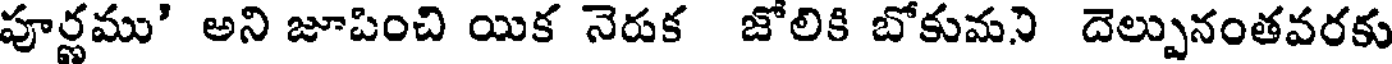
పూర్ణము' అని జూపించి యిక నెరుక జోలికి బోకుమని దెల్పునంతవరకు